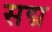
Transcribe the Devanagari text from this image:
सद्म